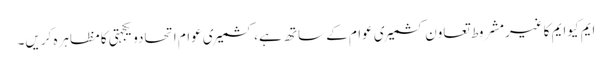
ایم کیوایم کاغیرمشروط تعاون کشمیری عوام کے ساتھ ہے، کشمیری عوام اتحادویکجہتی کامظاہرہ کریں۔